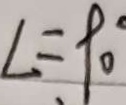
L = 9 0 ^ { \circ }